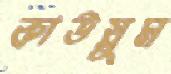
কাউয়ুম